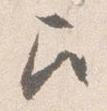
召